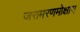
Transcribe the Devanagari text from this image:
जरामरणमोक्षाय